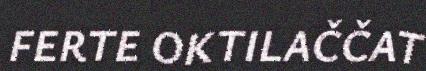
FERTE OKTILAČČAT